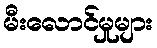
မီးလောင်မှုများ